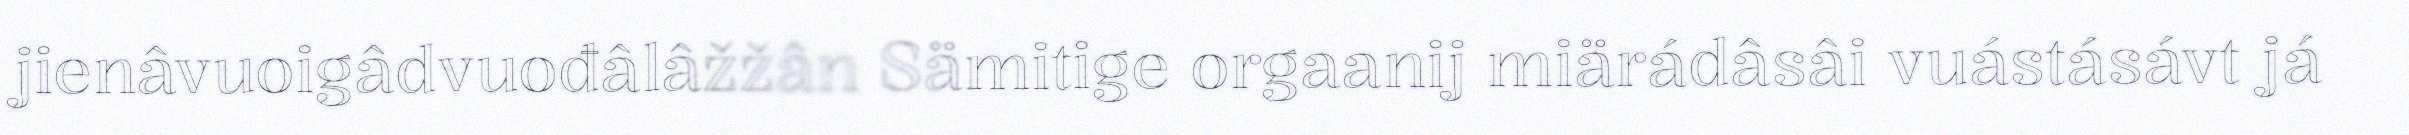
jienâvuoigâdvuođâlâžžân Sämitige orgaanij miärádâsâi vuástásávt já